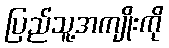
ပြည်သူ့အကျိုးကို